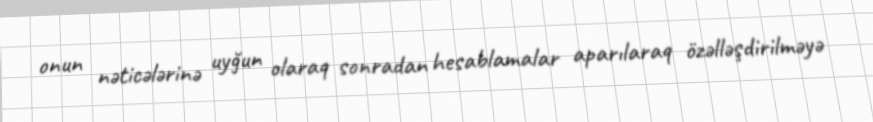
onun nəticələrinə uyğun olaraq sonradan hesablamalar aparılaraq özəlləşdirilməyə